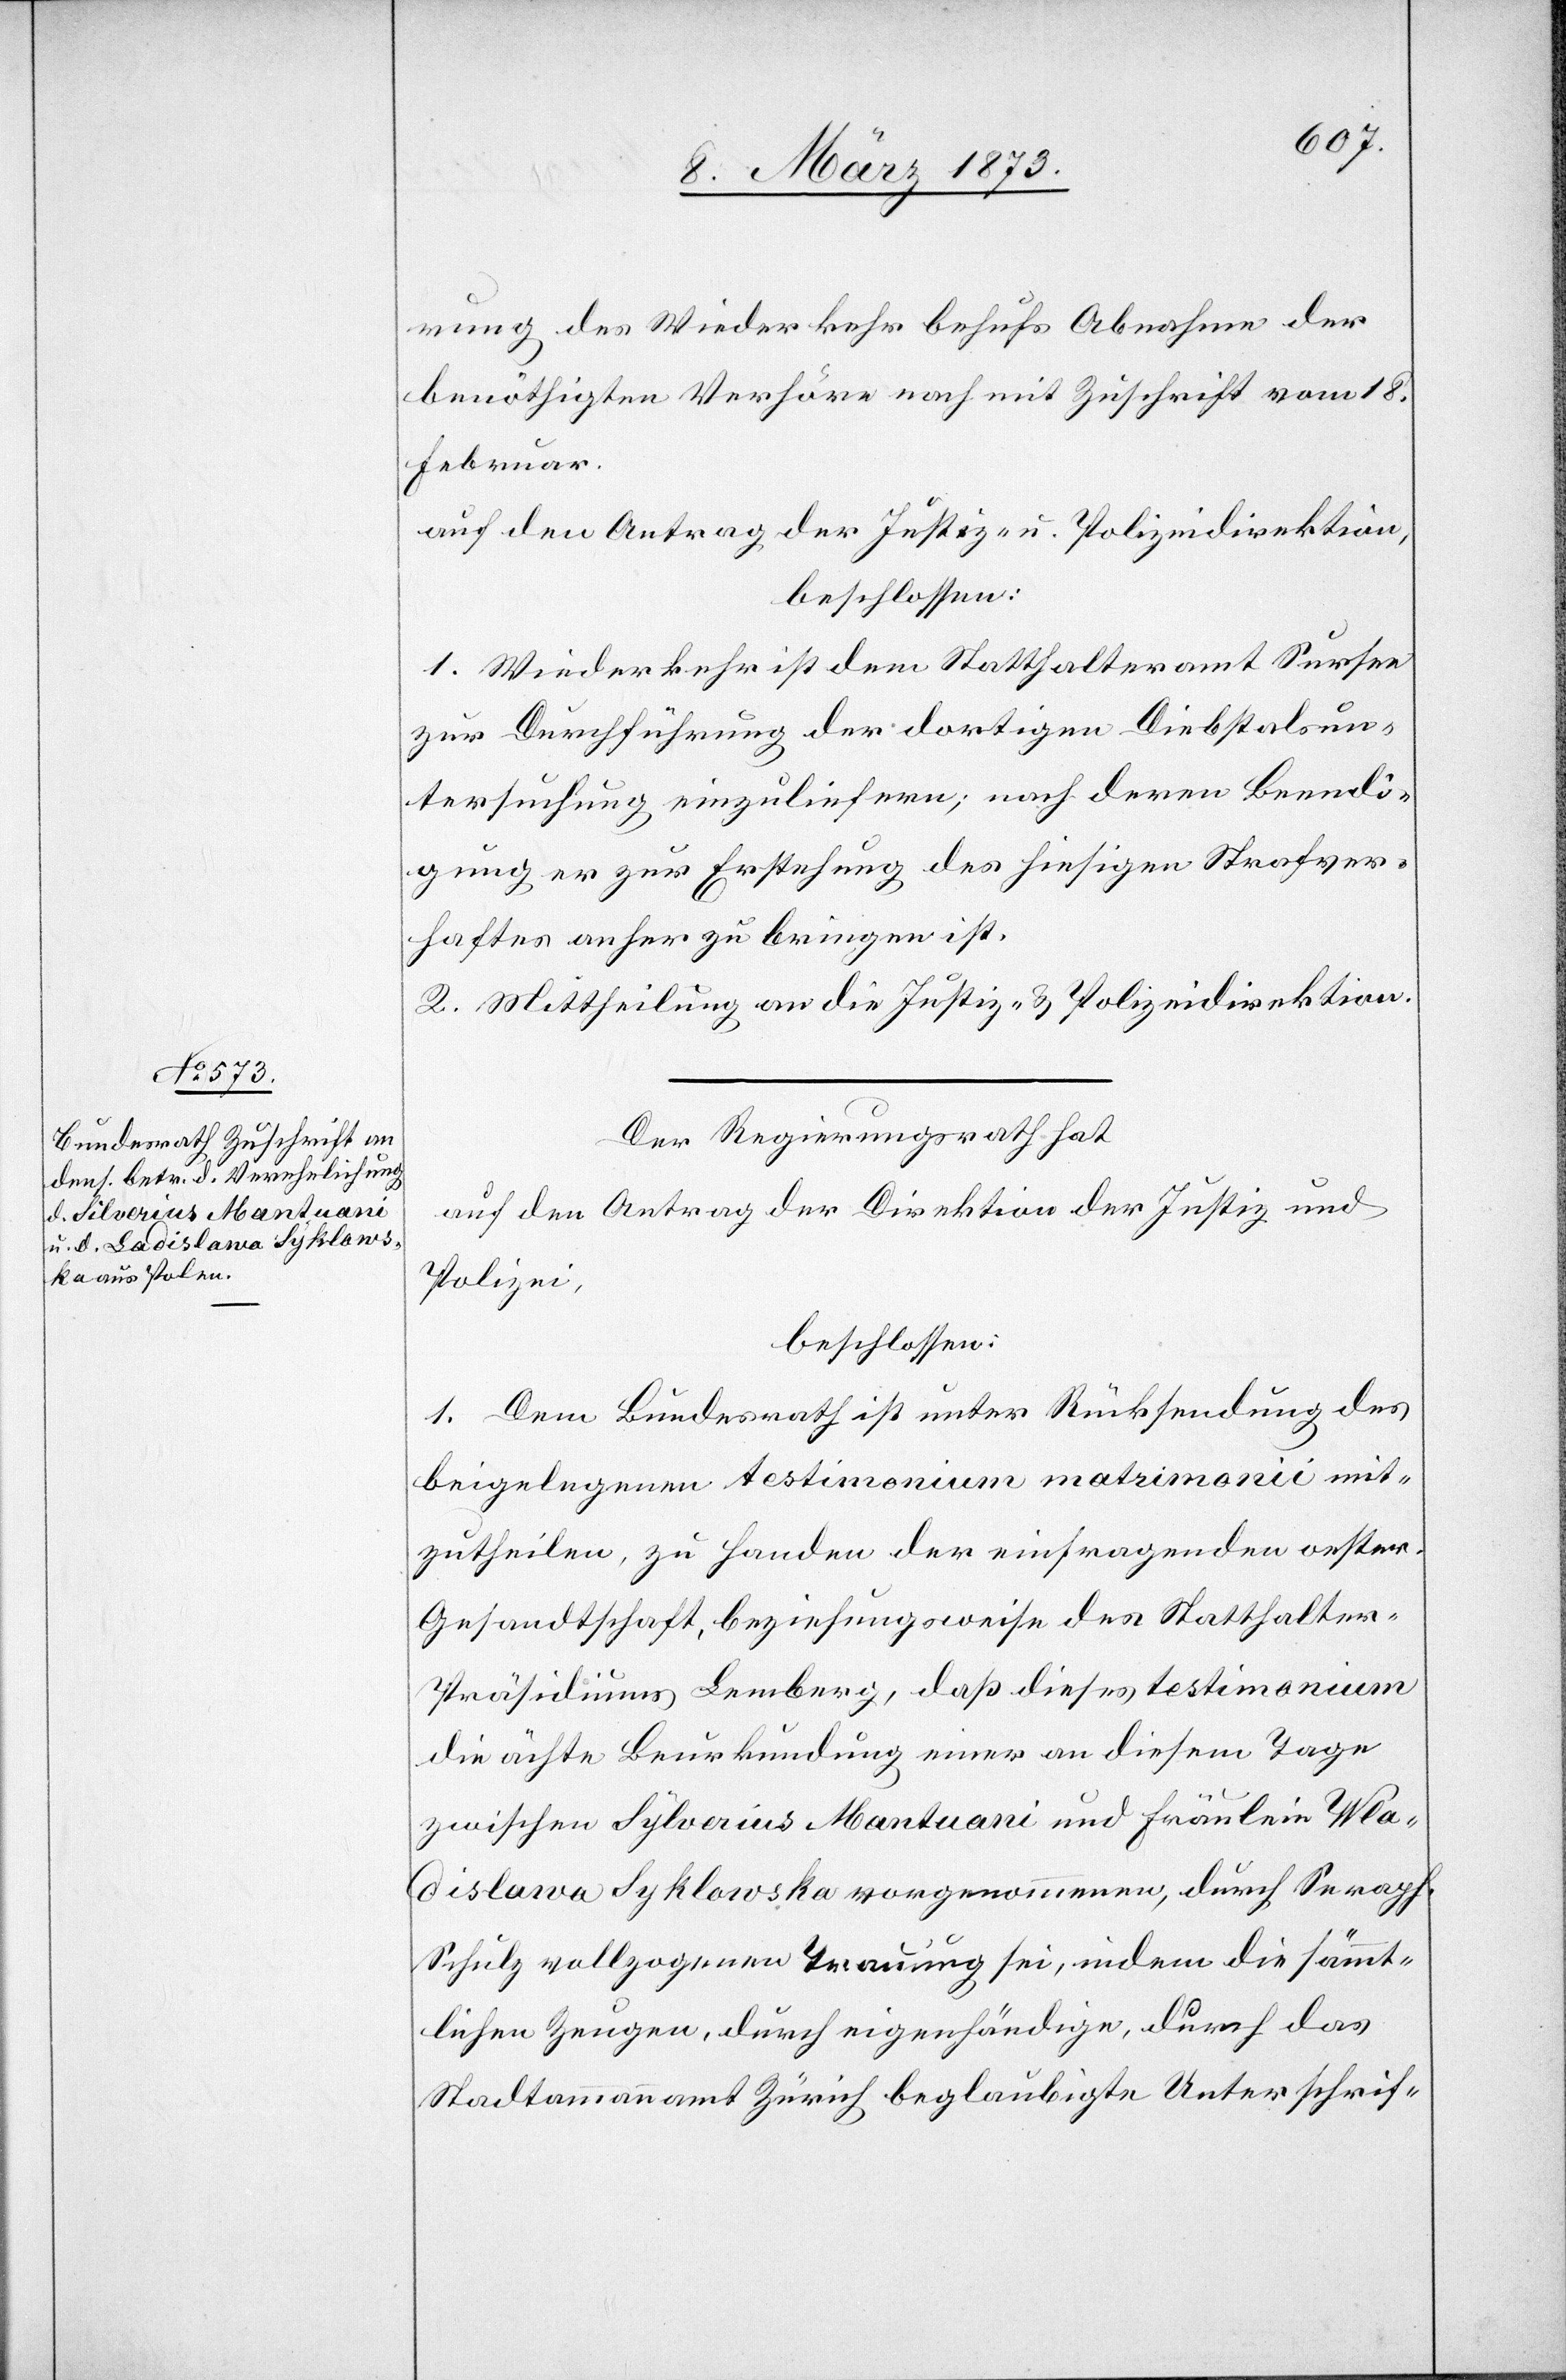
rung des Wiederkehr behufs Abnahme der
benöthigten Verhöre nach mit Zuschrift vom 18.
Februar.
auf den Antrag der Justiz- u. Polizeidirektion,
beschlossen:
1. Wiederkehr ist dem Statthalteramt Sursee
zur Durchführung der dortigen Diebstalsun¬
tersuchung einzuliefern; nach deren Beendi¬
gung er zur Erstehung des hiesigen Strafver¬
haftes anher zu bringen ist.
2. Mittheilung an die Justiz- u. Polizeidirektion.
Der Regierungsrath hat
auf den Antrag der Direktion der Justiz und
Polizei,
beschlossen:
1. Dem Bundesrath ist unter Rücksendung des
beigelegenen testimonium matrimonii mit¬
zutheilen, zu Handen der einfragenden oester.
Gesandtschaft, beziehungsweise des Statthalter-P¬
räsidiums Lemberg, daß dieses testimonium
die ächte Beurkundung einer an diesem Tage
zwischen Sylverius [sic!] Mantuani und Fräulein Wla¬
dislawa Syklowska vorgenommenen, durch Seraph.
Schulz vollzogenen Trauung sei, indem die sämmt¬
lichen Zeugen, durch eigenhändige, durch das
Stadtammannamt Zürich beglaubigte Unterschrif-